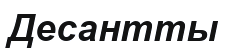
Десантты